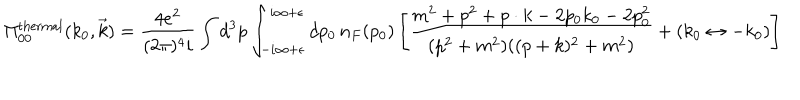
LaTeX: \Pi _ { 0 0 } ^ { \mathrm { t h e r m a l } } ( k _ { 0 } , \vec { k } ) = { \frac { 4 e ^ { 2 } } { ( 2 \pi ) ^ { 4 } i } } \int d ^ { 3 } p \int _ { - i \infty + \epsilon } ^ { i \infty + \epsilon } d p _ { 0 } \, n _ { F } ( p _ { 0 } ) \left[ { \frac { m ^ { 2 } + p ^ { 2 } + p \cdot k - 2 p _ { 0 } k _ { 0 } - 2 p _ { 0 } ^ { 2 } } { ( p ^ { 2 } + m ^ { 2 } ) ( ( p + k ) ^ { 2 } + m ^ { 2 } ) } } + ( k _ { 0 } \leftrightarrow - k _ { 0 } ) \right]